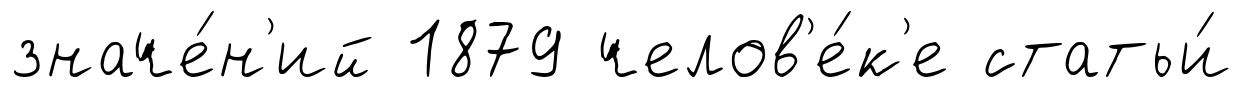
значе́н'ий 1879 челов'е́к'е статьи́